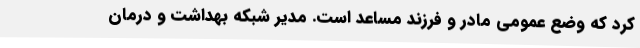
کرد که وضع عمومی مادر و فرزند مساعد است. مدیر شبکه بهداشت و درمان